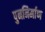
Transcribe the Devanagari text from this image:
पुननिर्माण